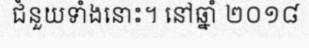
ជំនួយទាំងនោះ។ នៅឆ្នាំ ២០១៨